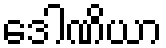
ဒေါဏိယာ